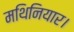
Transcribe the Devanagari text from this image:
मथिनियार।